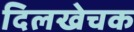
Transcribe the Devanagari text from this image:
दिलखेचक